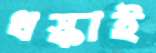
ধস্‌কাই